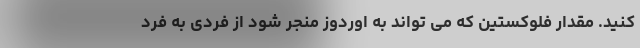
کنید. مقدار فلوکستین که می تواند به اوردوز منجر شود از فردی به فرد